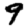
Digit: 9